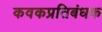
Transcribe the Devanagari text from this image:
कवकप्रतिबंधक